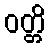
ဝတ္တိ